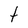
Character: t